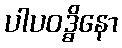
ပါပဝဒ္ဓိနော